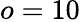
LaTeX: o=10